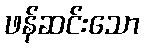
ဖန်ဆင်းသော